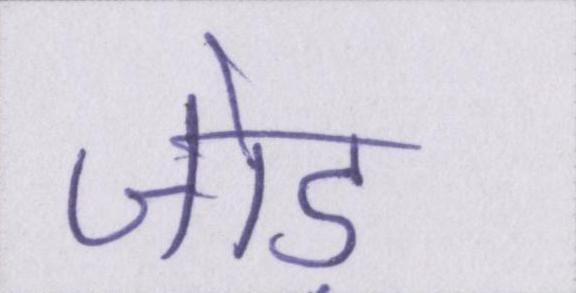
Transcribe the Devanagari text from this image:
जोड़